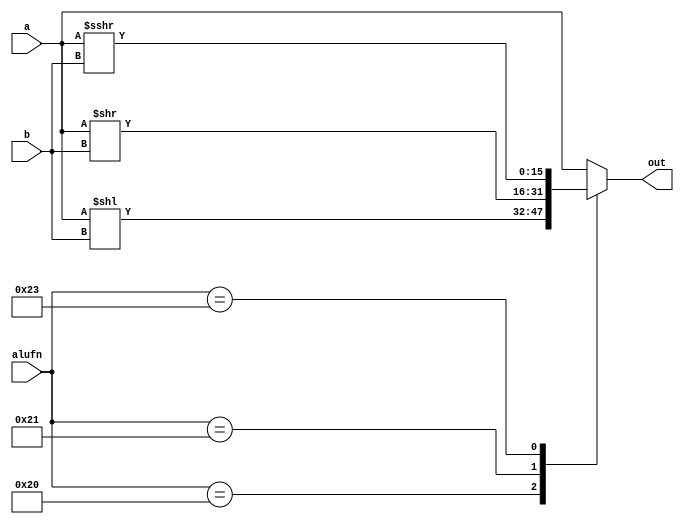
/*
   This file was generated automatically by Alchitry Labs version 1.2.1.
   Do not edit this file directly. Instead edit the original Lucid source.
   This is a temporary file and any changes made to it will be destroyed.
*/

module shifter_21 (
    input [15:0] a,
    input [3:0] b,
    input [5:0] alufn,
    output reg [15:0] out
  );
  
  
  
  always @* begin
    
    case (alufn)
      default: begin
        out = a;
      end
      6'h20: begin
        out = a << b;
      end
      6'h21: begin
        out = a >> b;
      end
      6'h23: begin
        out = $signed(a) >>> b;
      end
    endcase
  end
endmodule